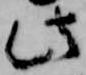
此